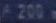
*200%